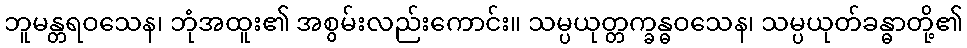
ဘူမန္တရဝသေန၊ ဘုံအထူး၏ အစွမ်းလည်းကောင်း။ သမ္ပယုတ္တက္ခန္ဓဝသေန၊ သမ္ပယုတ်ခန္ဓာတို့၏